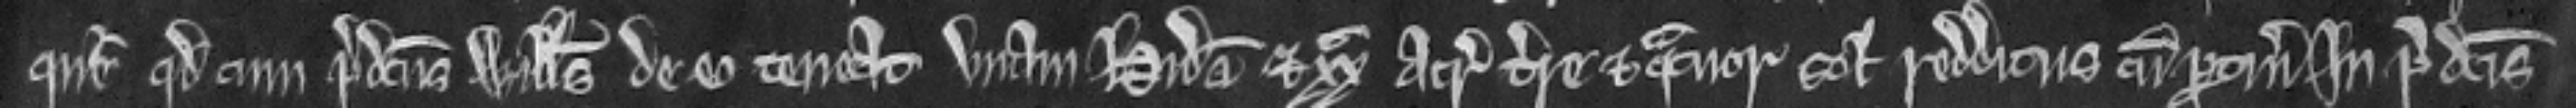
queritur quod cum predictus Willelmus de eo teneat unam hidam et xx acras terre et quatuor solidos redditus cum pertinenciis in predictis